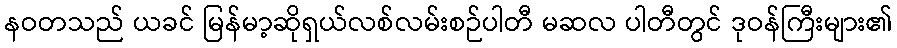
နဝတသည် ယခင် မြန်မာ့ဆိုရှယ်လစ်လမ်းစဉ်ပါတီ မဆလ ပါတီတွင် ဒုဝန်ကြီးများ၏